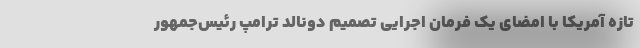
تازه آمریکا با امضای یک فرمان اجرایی تصمیم دونالد ترامپ رئیس‌جمهور